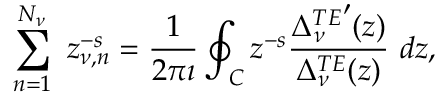
\sum _ { n = 1 } ^ { N _ { \nu } } \ z _ { \nu , n } ^ { - s } = \displaystyle { \frac { 1 } { 2 \pi \imath } } \oint _ { C } z ^ { - s } \displaystyle { \frac { { \Delta _ { \nu } ^ { T E } } ^ { \prime } ( z ) } { \Delta _ { \nu } ^ { T E } ( z ) } } \ d z ,